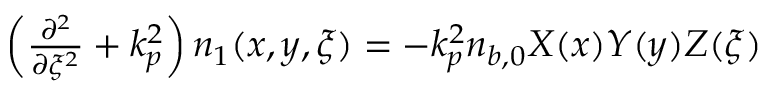
\begin{array} { r } { \left( \frac { \partial ^ { 2 } } { \partial { \xi } ^ { 2 } } + k _ { p } ^ { 2 } \right) n _ { 1 } ( x , y , \xi ) = - k _ { p } ^ { 2 } n _ { b , 0 } X ( x ) Y ( y ) Z ( \xi ) } \end{array}